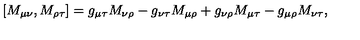
[ M _ { \mu \nu } , M _ { \rho \tau } ] = g _ { \mu \tau } M _ { \nu \rho } - g _ { \nu \tau } M _ { \mu \rho } + g _ { \nu \rho } M _ { \mu \tau } - g _ { \mu \rho } M _ { \nu \tau } ,